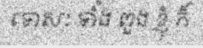
ទោសៈ ទាំំង ពួង ខ្ញុំ ក៏